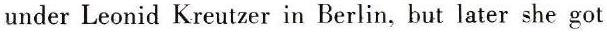
under Leonid Kreutzer in Berlin, but later she got